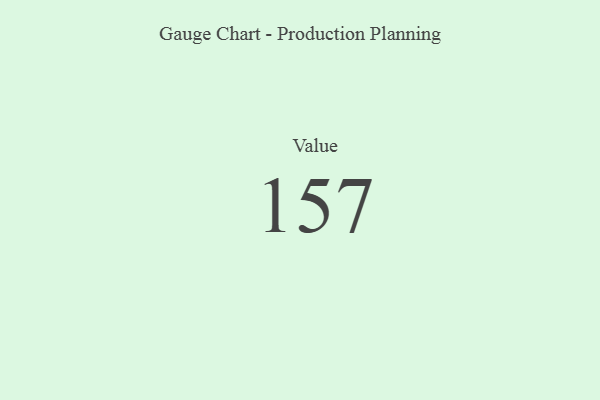
{"axis": {"x": "Metric", "y": "Value"}, "legend": [""], "data": [{"x": "Value", "y": 157, "type": ""}]}